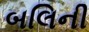
બલિની